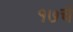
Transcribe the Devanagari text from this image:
१७चे